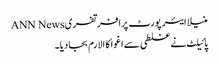
منیلا ایئر پورٹ پرافرتفریANN News
پائیلٹ نے غلطی سے اغوا کا الارم بجادیا۔